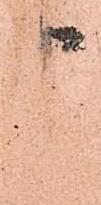
申